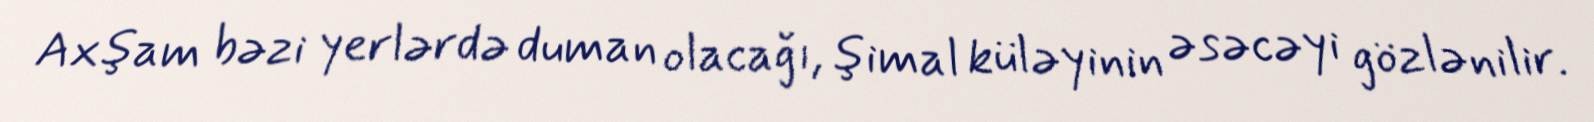
Axşam bəzi yerlərdə duman olacağı, şimal küləyinin əsəcəyi gözlənilir.